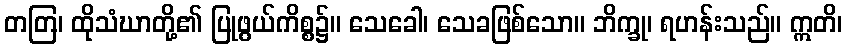
တတြ၊ ထိုသံဃာတို့၏ ပြုဖွယ်ကိစ္စ၌။ သေခေါ၊ သေခဖြစ်သော။ ဘိက္ခု၊ ရဟန်းသည်။ ဣတိ၊